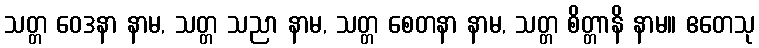
သတ္တ ဝေဒနာ နာမ, သတ္တ သညာ နာမ, သတ္တ စေတနာ နာမ, သတ္တ စိတ္တာနိ နာမ။ ဧတေသု